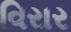
વિરાર